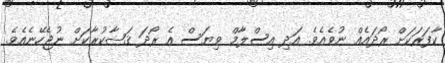
ކާފަރަކަށް ރޯދައެއް ނުވެއެވެ. އަދި އިސްލާމް ވިޔަސް އެ ރޯދަ ޤަޟާކުރާކަށް ނުޖެހޭނެއެވެ.